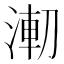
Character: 𰜌